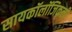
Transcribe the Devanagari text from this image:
सायकॉलॉजिकली